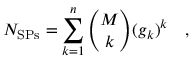
N _ { \mathrm { { S P s } } } = \sum _ { k = 1 } ^ { n } { \binom { M } { k } } ( g _ { k } ) ^ { k } \quad ,